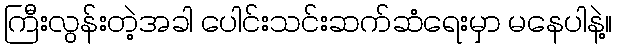
ကြီးလွန်းတဲ့အခါ ပေါင်းသင်းဆက်ဆံရေးမှာ မနေပါနဲ့။